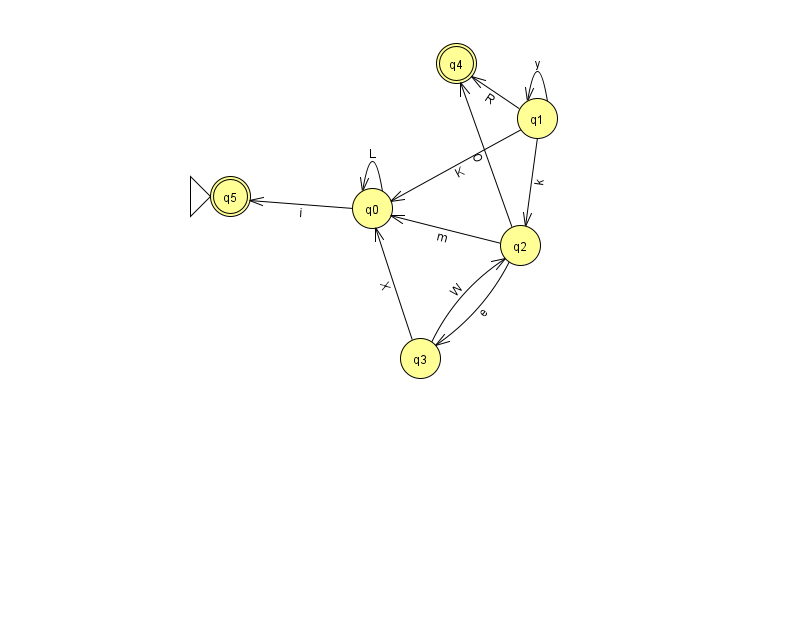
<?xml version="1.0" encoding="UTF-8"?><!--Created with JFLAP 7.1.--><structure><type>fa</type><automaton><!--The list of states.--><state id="0" name="q0"><x>372.0</x><y>195.0</y></state><state id="1" name="q1"><x>537.0</x><y>105.0</y></state><state id="2" name="q2"><x>520.0</x><y>232.0</y></state><state id="3" name="q3"><x>420.0</x><y>345.0</y></state><state id="4" name="q4"><x>456.0</x><y>50.0</y><final/></state><state id="5" name="q5"><x>230.0</x><y>183.0</y><initial/><final/></state><!--The list of transitions.--><transition><from>1</from><to>2</to><read>k</read></transition><transition><from>3</from><to>0</to><read>X</read></transition><transition><from>0</from><to>5</to><read>i</read></transition><transition><from>1</from><to>0</to><read>K</read></transition><transition><from>2</from><to>3</to><read>e</read></transition><transition><from>1</from><to>1</to><read>y</read></transition><transition><from>2</from><to>4</to><read>O</read></transition><transition><from>3</from><to>2</to><read>W</read></transition><transition><from>1</from><to>4</to><read>R</read></transition><transition><from>0</from><to>0</to><read>L</read></transition><transition><from>2</from><to>0</to><read>m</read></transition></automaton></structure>